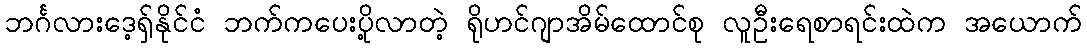
ဘင်္ဂလားဒေ့ရှ်နိုင်ငံ ဘက်ကပေးပို့လာတဲ့ ရိုဟင်ဂျာအိမ်ထောင်စု လူဦးရေစာရင်းထဲက အယောက်